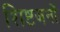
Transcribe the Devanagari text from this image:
शिष्टजनों